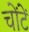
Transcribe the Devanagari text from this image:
चोंटें